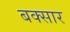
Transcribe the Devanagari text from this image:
बक्सार